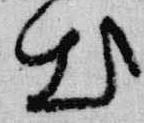
出